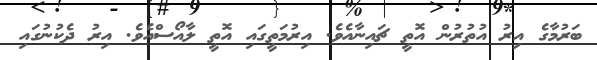
ބަރުމާގެ އިރު އުތުރުން އޮތީ ޗައިނާއެވެ. އިރުމަތީގައި އޮތީ ލާއޯސްއެވެ. އިރު ދެކުނުގައި